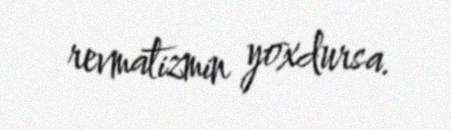
revmatizmin yoxdursa.